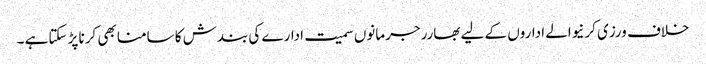
خلاف ورزی کرنیوالے اداروں کے لیے بھارر جرمانوں سمیت ادارے کی بندش کا سامنا بھی کرنا پڑ سکتاہے ۔